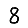
Digit: 8